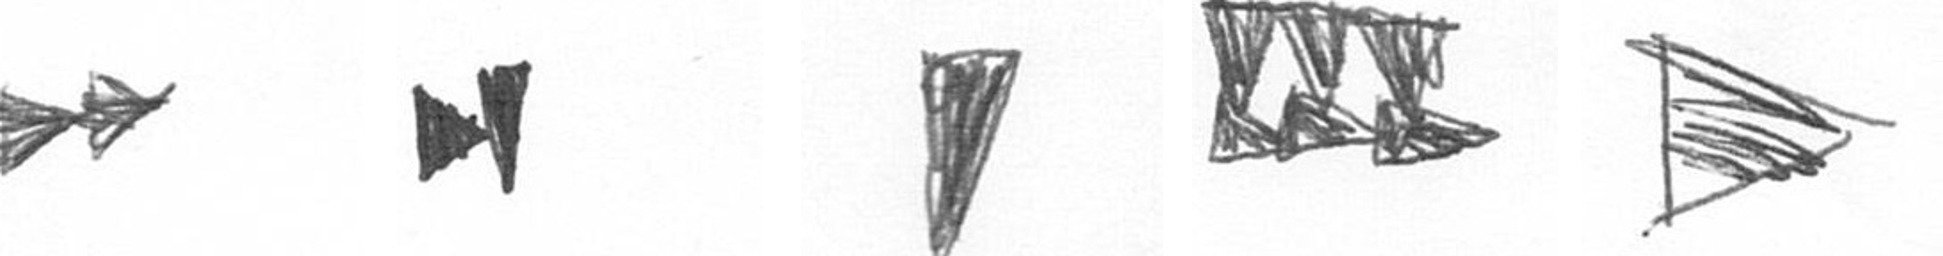
A M J D T